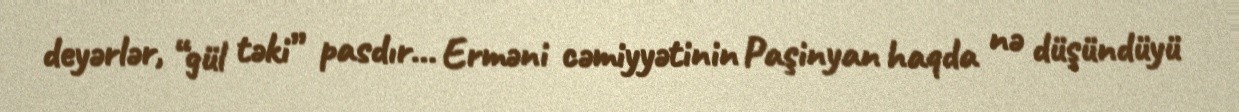
deyərlər, “gül təki” pasdır… Erməni cəmiyyətinin Paşinyan haqda nə düşündüyü